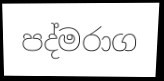
පද්මරාග